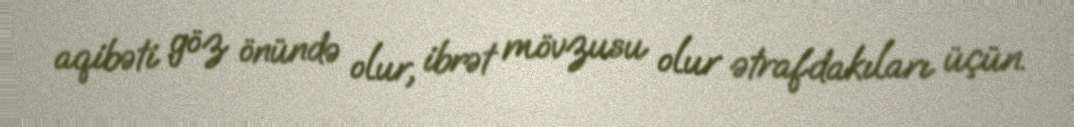
aqibəti göz önündə olur, ibrət mövzusu olur ətrafdakıları üçün.